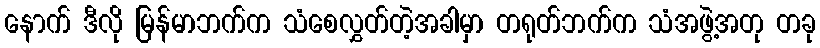
နောက် ဒီလို မြန်မာဘက်က သံစေလွှတ်တဲ့အခါမှာ တရုတ်ဘက်က သံအဖွဲ့အတု တခု